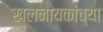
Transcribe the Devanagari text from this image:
खलनायकांच्या